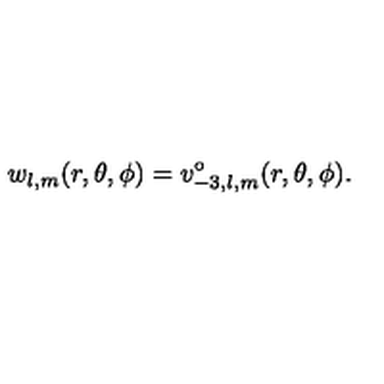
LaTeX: w _ { l , m } ( r , \theta , \phi ) = v _ { - 3 , l , m } ^ { \circ } ( r , \theta , \phi ) .